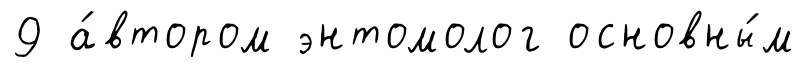
9 а́втором энтомолог основны́м